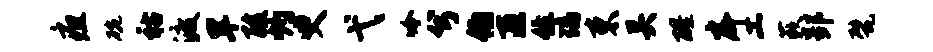
疽碗祜渡旱酸灼臾弋吟兮伯匝住璃束关醒戽工蔌郢甓